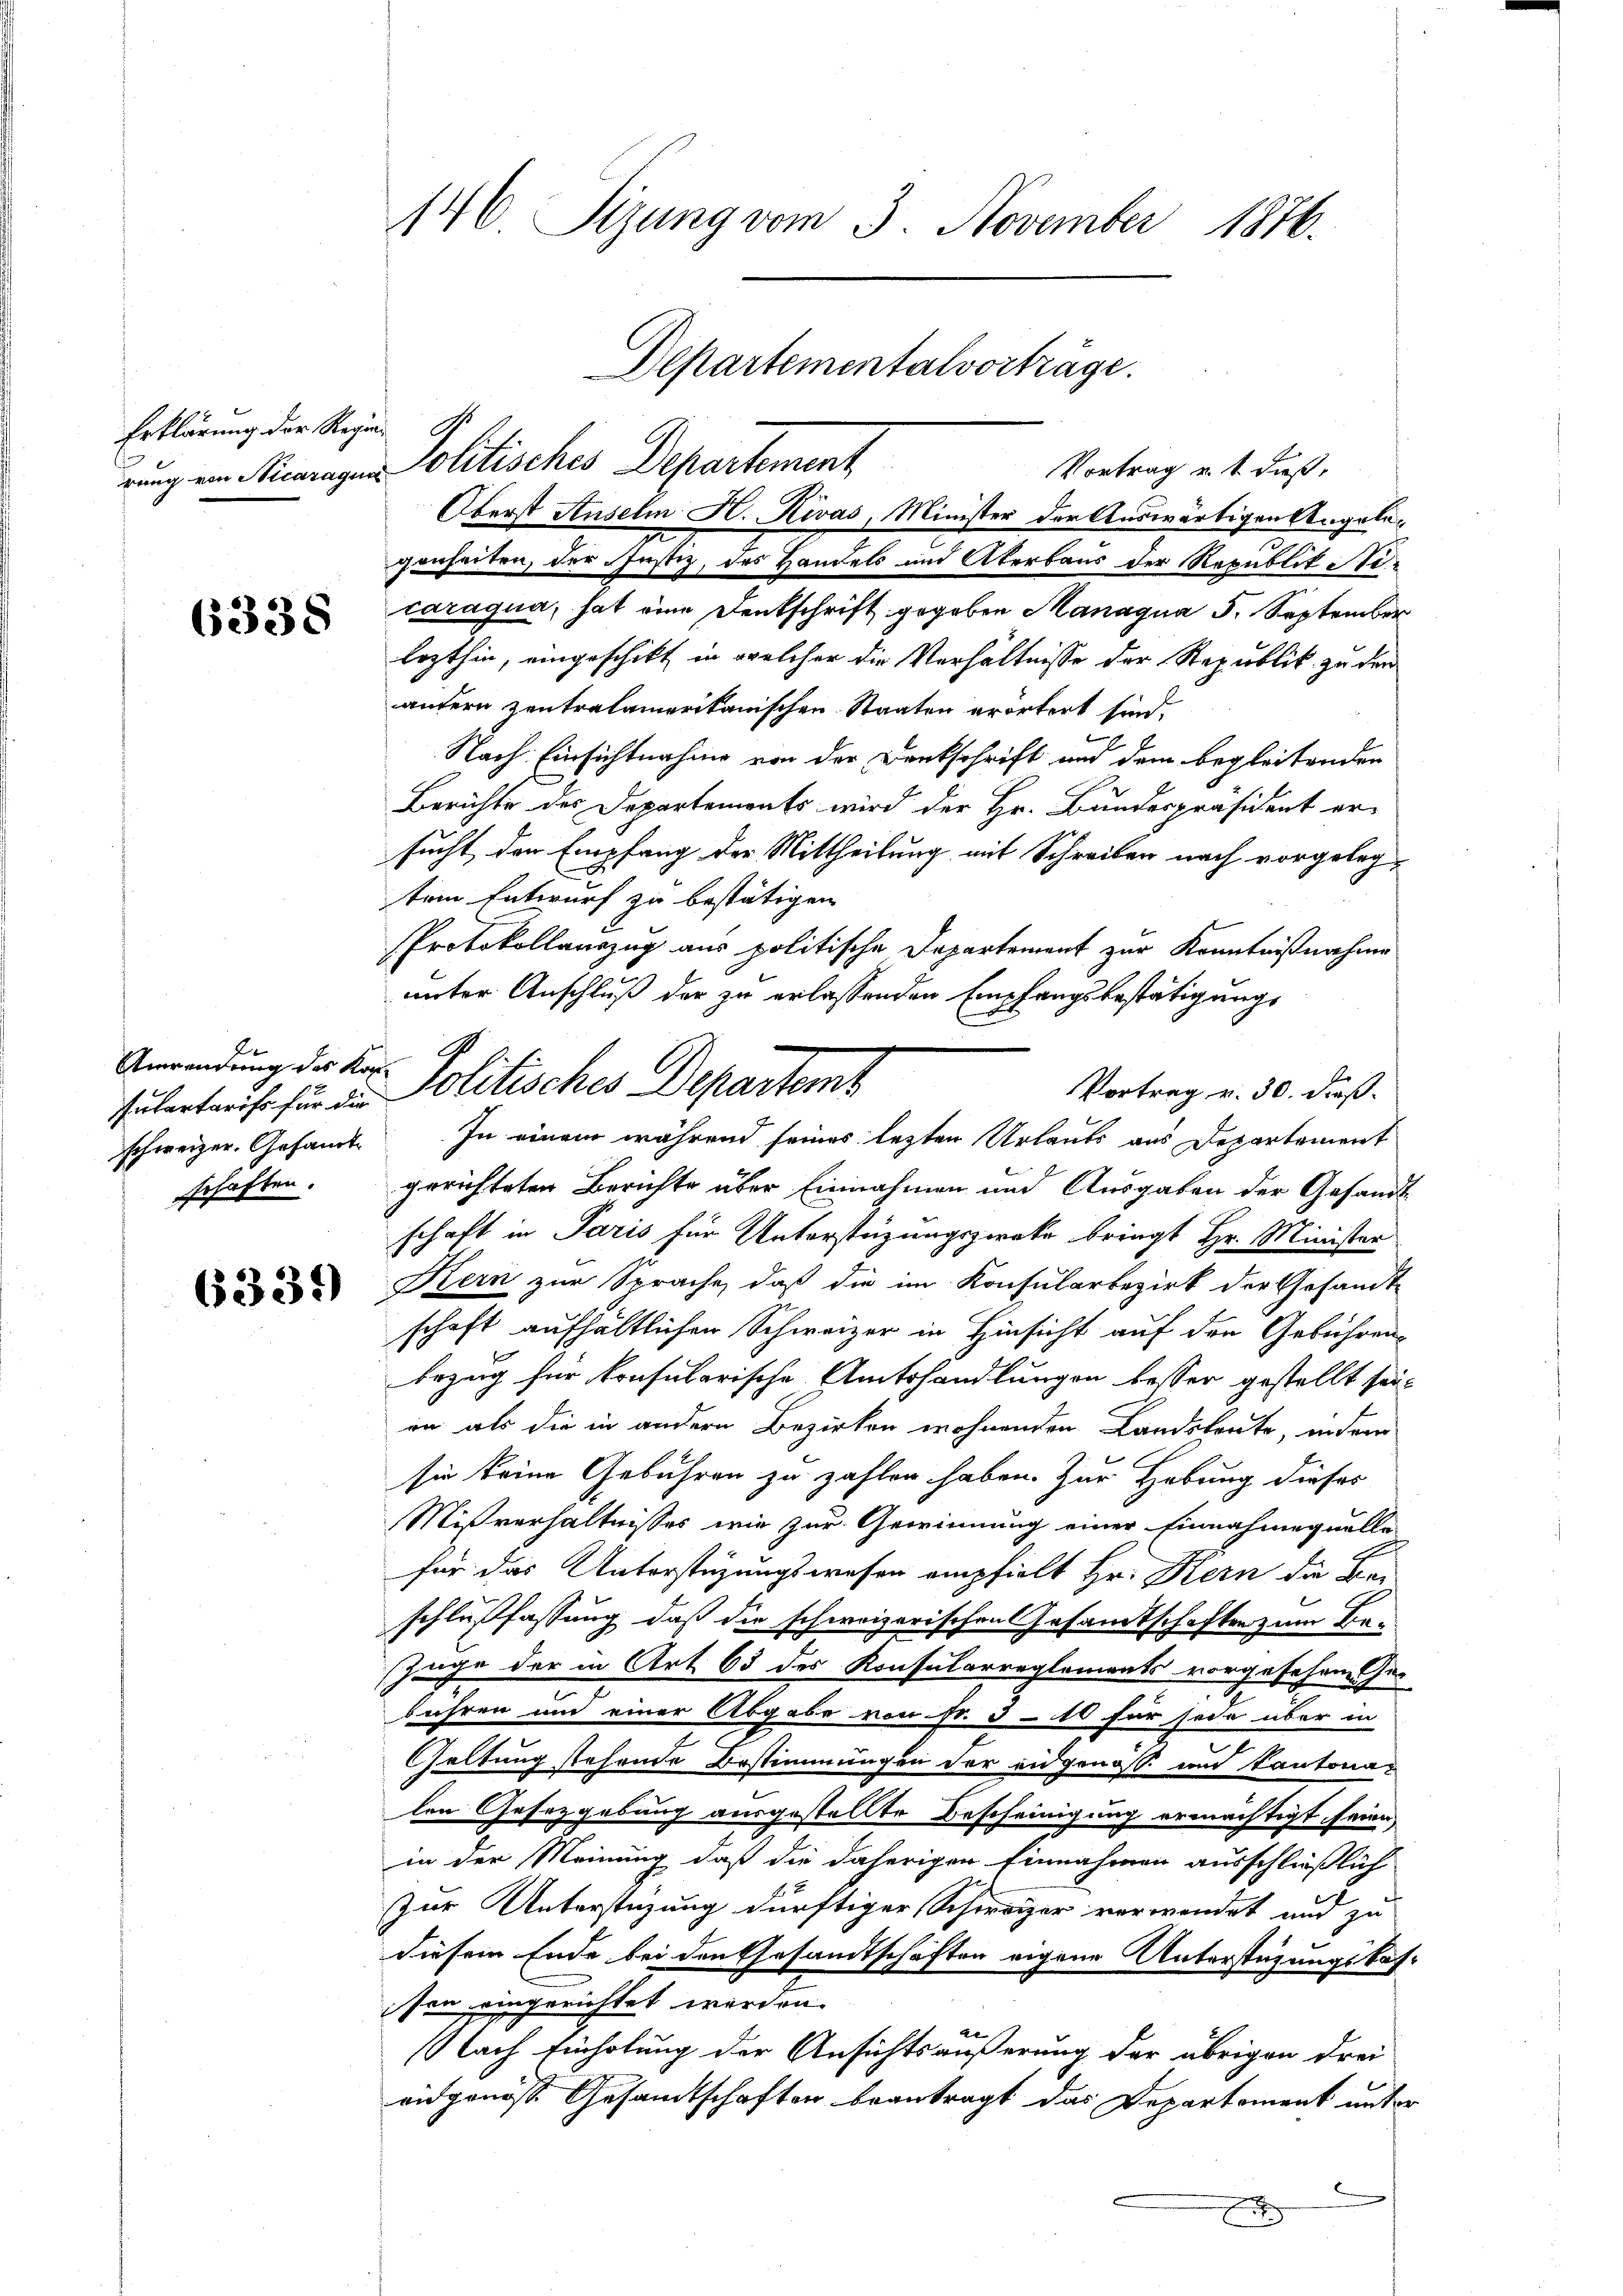
Erklärung der Regie

6338

E
Anwendung des Kan
schweizer. Gesandt
schaften.

6339)

146 Sizung vom 3. November 1876.

rung ein Miteragen Politisches Departement
genheiten, der Justiz, des Handels und Akerbaus der Republikaticaragua, hat eine Denkschrift gegeben Managua 5. September
lezthin, eingeschikt in welcher die Verhältnisse der Republik zu den
anfern zentralamerikanischen Staaten erörtert sind,
Nach Einsichtnahme von der Dankschrift und dem begleitenden
Berichte des Departements wird der Hr. Bundespräsident er-
sucht den Empfang der Mittheilung mit Schreiben nach vorgelegtem Entwurf zu bestätigen
Protokollauszug aus politische Departement zur Kenntnißnahme
unter Anschluß der zu erlassenden Empfangsbestätigungs
gerichteten Berichte über Einnahmen und Ausgaben der Gesandt
schaft in Paris für Unterstüzungszweke bringt Hr. Minister
Kern zur Sprache, daß die im Konsularbezirk der Gesandt-
schaft aufhältlichen Schweizer in Hinsicht auf den Gebühren
bezug für konsularische Amtshandlungen besser gestellt sei.
in als die in andern Bezirken wohnenden Landsleute, indem
sie keine Gebühren zu zahlen haben. Zur Hebung dieses
Mißverhältnisses wie zur Gewinnung einer Einnahmequelle
für das Unterstüzungswesen empfielt Hr. Kern die Be-
schlußfassung daß die schweizerischen Gesamtschaften zum Be-
Zage der in Art 63 des Konsularreglements vorgesehene Ge-
bühren um einer Abgabe von Fr. 310 für jede aber in
Geltung stehende Bestimmungen der eidgenosse und Kantonalen Gesetzgebung ausgestellte Bescheinigung ermächtigt seien,
in der Meinung, daß die daherigen Einnahmen ausschließlich
zur Unterstüzung dürftiger Schweizer verwendet und zu
diesem Ende bei den Gesandtschaften eigene Unterstützungskassen eingerichtet werden.
Nach Einholung der Ansichtsäußerung der übrigen drei
eidgenösse Gesamtschaften beantragt das Departement unter
.
x

Hubertreise für der Politisches Departemt
In einem während seines lezten Urlaubs aus Departement

Departementalvorträge.

Vortrag u. s. daß,
Oberst Anselm H. Rivas, Minister der Auswärtigen Angela¬

Vortrag v. 30. dieß.